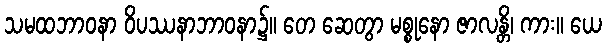
သမထဘာဝနာ ဝိပဿနာဘာဝနာ၌။ တေ ဆေတွာ မစ္စုနော ဇာလန္တိ၊ ကား။ ယေ